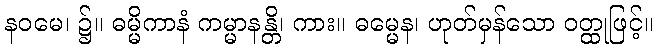
နဝမေ၊ ၌။ ဓမ္မိကာနံ ကမ္မာနန္တိ၊ ကား။ ဓမ္မေန၊ ဟုတ်မှန်သော ဝတ္ထုဖြင့်။